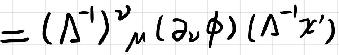
$= \left(\Lambda^{-1}\right)^{\nu}{}_{\mu}\left(\partial_{\nu}\phi\right)\left(\Lambda^{-1}x'\right)$